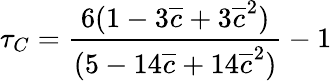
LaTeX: \begin{array}{ccc}{\displaystyle{\tau_{C}=\frac{6(1-3\overline{{c}}+3\overline{{c}}^{2})}{(5-14\overline{{c}}+14\overline{{c}}^{2})}-1}}\end{array}